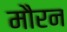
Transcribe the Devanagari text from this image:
मौरन